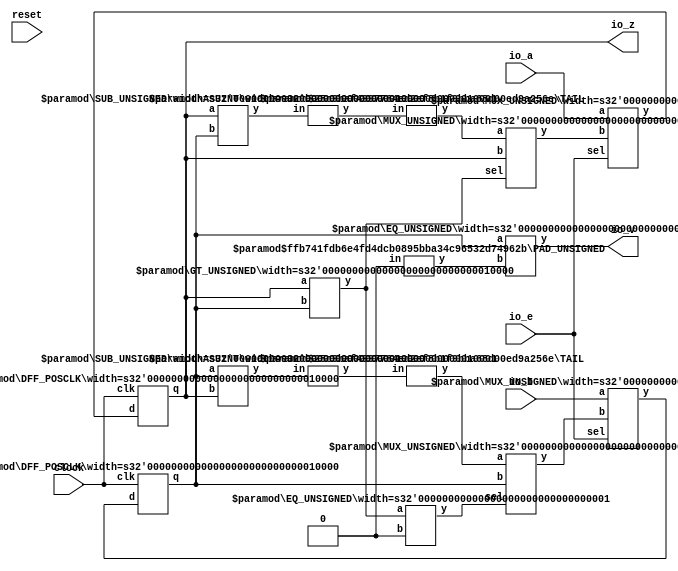
module GCD(
    input clock,
    input reset,
    input [15:0] io_a,
    input [15:0] io_b,
    input io_e,
    output [15:0] io_z,
    output io_v
);
    wire [15:0] _x__q;
    wire [15:0] _x__d;
    DFF_POSCLK #(.width(16)) x (
        .q(_x__q),
        .d(_x__d),
        .clk(clock)
    );
    wire [15:0] _y__q;
    wire [15:0] _y__d;
    DFF_POSCLK #(.width(16)) y (
        .q(_y__q),
        .d(_y__d),
        .clk(clock)
    );
    wire _T_9;
    GT_UNSIGNED #(.width(16)) u_gt_1 (
        .y(_T_9),
        .a(_x__q),
        .b(_y__q)
    );
    wire [16:0] _T_10;
    SUB_UNSIGNED #(.width(16)) u_sub_2 (
        .y(_T_10),
        .a(_x__q),
        .b(_y__q)
    );
    wire [16:0] _T_11;
    ASUINT #(.width(17)) asuint_3 (
        .y(_T_11),
        .in(_T_10)
    );
    wire [15:0] _T_12;
    TAIL #(.width(17), .n(1)) tail_4 (
        .y(_T_12),
        .in(_T_11)
    );
    wire [15:0] _GEN_0;
    MUX_UNSIGNED #(.width(16)) u_mux_5 (
        .y(_GEN_0),
        .sel(_T_9),
        .a(_T_12),
        .b(_x__q)
    );
    wire _T_14;
    EQ_UNSIGNED #(.width(1)) u_eq_6 (
        .y(_T_14),
        .a(_T_9),
        .b(1'h0)
    );
    wire [16:0] _T_15;
    SUB_UNSIGNED #(.width(16)) u_sub_7 (
        .y(_T_15),
        .a(_y__q),
        .b(_x__q)
    );
    wire [16:0] _T_16;
    ASUINT #(.width(17)) asuint_8 (
        .y(_T_16),
        .in(_T_15)
    );
    wire [15:0] _T_17;
    TAIL #(.width(17), .n(1)) tail_9 (
        .y(_T_17),
        .in(_T_16)
    );
    wire [15:0] _GEN_1;
    MUX_UNSIGNED #(.width(16)) u_mux_10 (
        .y(_GEN_1),
        .sel(_T_14),
        .a(_T_17),
        .b(_y__q)
    );
    wire [15:0] _GEN_2;
    MUX_UNSIGNED #(.width(16)) u_mux_11 (
        .y(_GEN_2),
        .sel(io_e),
        .a(io_a),
        .b(_GEN_0)
    );
    wire [15:0] _GEN_3;
    MUX_UNSIGNED #(.width(16)) u_mux_12 (
        .y(_GEN_3),
        .sel(io_e),
        .a(io_b),
        .b(_GEN_1)
    );
    wire _T_19;
    wire [15:0] _WTEMP_0;
    PAD_UNSIGNED #(.width(1), .n(16)) u_pad_13 (
        .y(_WTEMP_0),
        .in(1'h0)
    );
    EQ_UNSIGNED #(.width(16)) u_eq_14 (
        .y(_T_19),
        .a(_y__q),
        .b(_WTEMP_0)
    );
    assign io_v = _T_19;
    assign io_z = _x__q;
    assign _x__d = _GEN_2;
    assign _y__d = _GEN_3;
endmodule //GCD
module DFF_POSCLK(q, d, clk);
    parameter width = 4;
    output reg [width-1:0] q;
    input [width-1:0] d;
    input clk;
    always @(posedge clk) begin
        q <= d;
    end
endmodule // DFF_POSCLK
module GT_UNSIGNED(y, a, b);
    parameter width = 4;
    output y;
    input [width-1:0] a;
    input [width-1:0] b;
    assign y = a > b;
endmodule // GT_UNSIGNED
module SUB_UNSIGNED(y, a, b);
    parameter width = 4;
    output [width:0] y;
    input [width-1:0] a;
    input [width-1:0] b;
    assign y = a - b;
endmodule // SUB_UNSIGNED
module ASUINT(y, in);
    parameter width = 4;
    output [width-1:0] y;
    input [width-1:0] in;
    assign y = $unsigned(in);
endmodule // ASUINT
module TAIL(y, in);
    parameter width = 4;
    parameter n = 2;
    output [width-n-1:0] y;
    input [width-1:0] in;
    assign y = in[width-n-1:0];
endmodule // TAIL
module MUX_UNSIGNED(y, sel, a, b);
    parameter width = 4;
    output [width-1:0] y;
    input sel;
    input [width-1:0] a;
    input [width-1:0] b;
    assign y = sel ? a : b;
endmodule // MUX_UNSIGNED
module EQ_UNSIGNED(y, a, b);
    parameter width = 4;
    output y;
    input [width-1:0] a;
    input [width-1:0] b;
    assign y = a == b;
endmodule // EQ_UNSIGNED
module PAD_UNSIGNED(y, in);
    parameter width = 4;
    parameter n = 4;
    output [(n > width ? n : width)-1:0] y;
    input [width-1:0] in;
    assign y = (n > width) ? {{(n - width){1'b0}}, in} : in;
endmodule // PAD_UNSIGNED